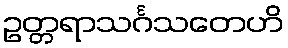
ဥတ္တရာသင်္ဂသတေဟိ